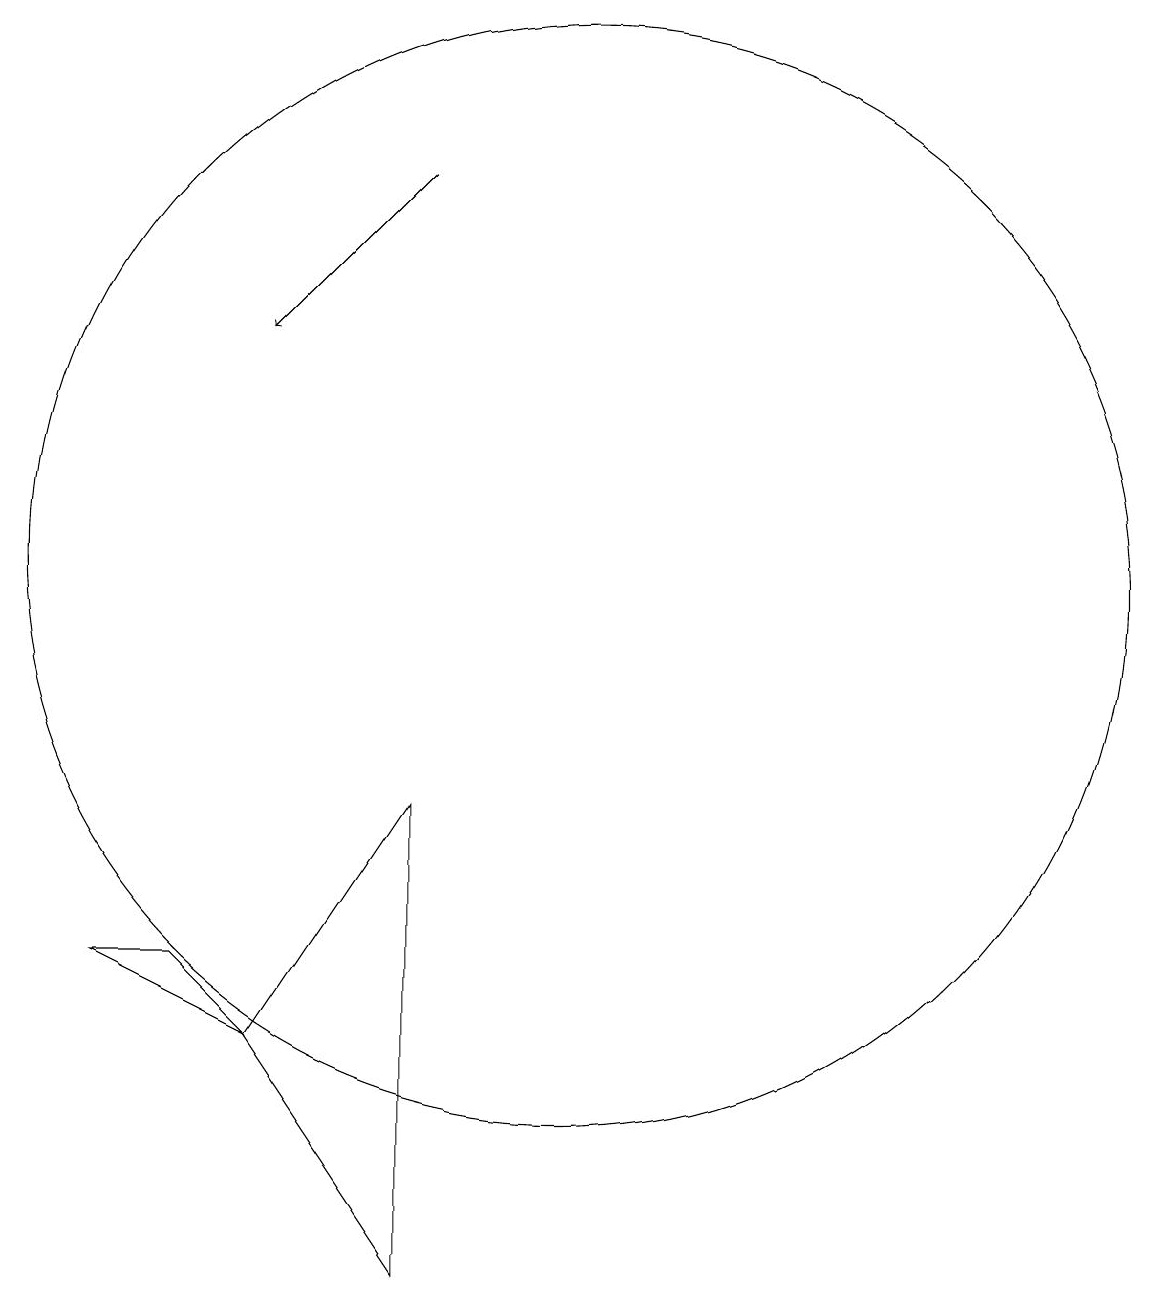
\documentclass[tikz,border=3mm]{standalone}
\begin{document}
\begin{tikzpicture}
\draw (9,2) -- (9,8) -- (7,5) -- cycle;
\draw (11,11) circle (7);
\draw (7,5) -- (6,6) -- (5,6) -- cycle;
\draw[->] (9,16) -- (7,14);
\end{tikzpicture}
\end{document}